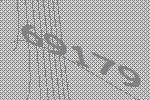
69179